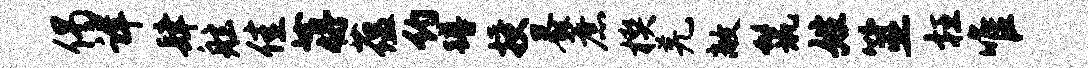
偈详肆舷佳蒋蕴约蹲授暴蔗楔羌敞鬣姓筮枉唯